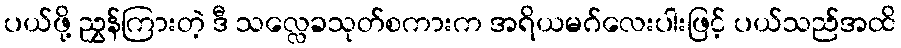
ပယ်ဖို့ ညွှန်ကြားတဲ့ ဒီ သလ္လေခသုတ်စကားက အရိယမဂ်လေးပါးဖြင့် ပယ်သည်အထိ